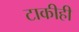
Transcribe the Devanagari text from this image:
टाकीही